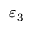
\varepsilon _ { 3 }